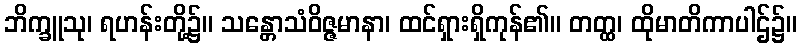
ဘိက္ခူသု၊ ရဟန်းတို့၌။ သန္တောသံဝိဇ္ဇမာနာ၊ ထင်ရှားရှိကုန်၏။ တတ္ထ၊ ထိုမာတိကာပါဌ်၌။